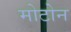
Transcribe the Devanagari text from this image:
मोटोन